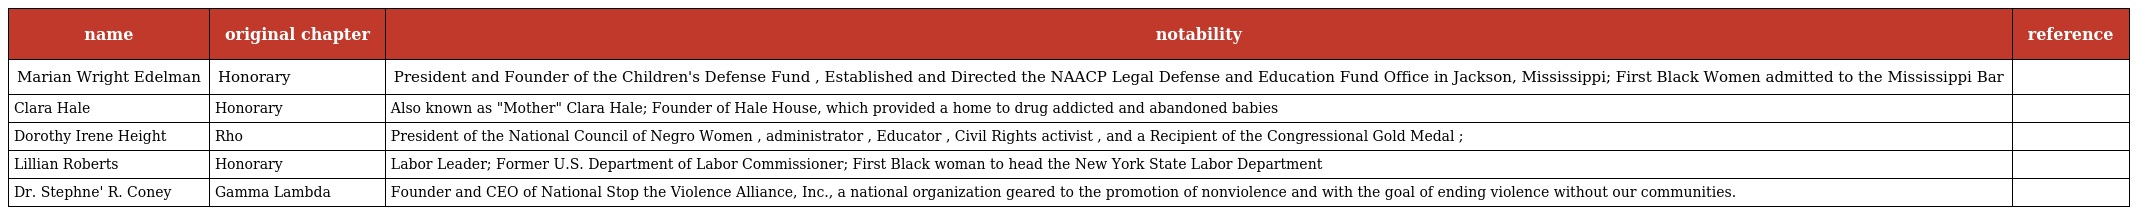
| name | original chapter | notability | reference |
 | --- | --- | --- | --- |
 | Marian Wright Edelman | Honorary | President and Founder of the Children's Defense Fund , Established and Directed the NAACP Legal Defense and Education Fund Office in Jackson, Mississippi; First Black Women admitted to the Mississippi Bar |  |
 | Clara Hale | Honorary | Also known as "Mother" Clara Hale; Founder of Hale House, which provided a home to drug addicted and abandoned babies |  |
 | Dorothy Irene Height | Rho | President of the National Council of Negro Women , administrator , Educator , Civil Rights activist , and a Recipient of the Congressional Gold Medal ; |  |
 | Lillian Roberts | Honorary | Labor Leader; Former U.S. Department of Labor Commissioner; First Black woman to head the New York State Labor Department |  |
 | Dr. Stephne' R. Coney | Gamma Lambda | Founder and CEO of National Stop the Violence Alliance, Inc., a national organization geared to the promotion of nonviolence and with the goal of ending violence without our communities. |  |